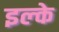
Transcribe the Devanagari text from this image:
इल्‍के